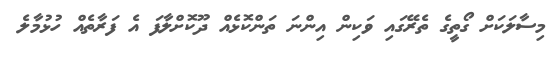
މިސާލަކަށް ގޯތީގެ ތެރޭގައި ވަކިން އިންނަ ތަންކޮޅެއް ދޫކޮށްލާފަ އެ ފަރާތެއް ހުޅުމާލެ